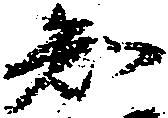
知